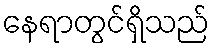
နေရာတွင်ရှိသည်